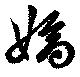
嫡